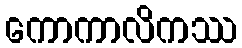
ကောကာလိကဿ